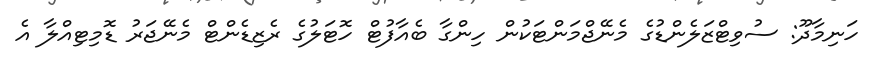
ހަނިމާދޫ: ސުވިޓްޒަލެންޑުގެ މެނޭޖްމަންޓަކުން ހިންގާ ބެއާފުޓް ހޮޓަލުގެ ރެޒިޑެންޓް މެނޭޖަރު ޑޮމިޓިއްލާ އެ